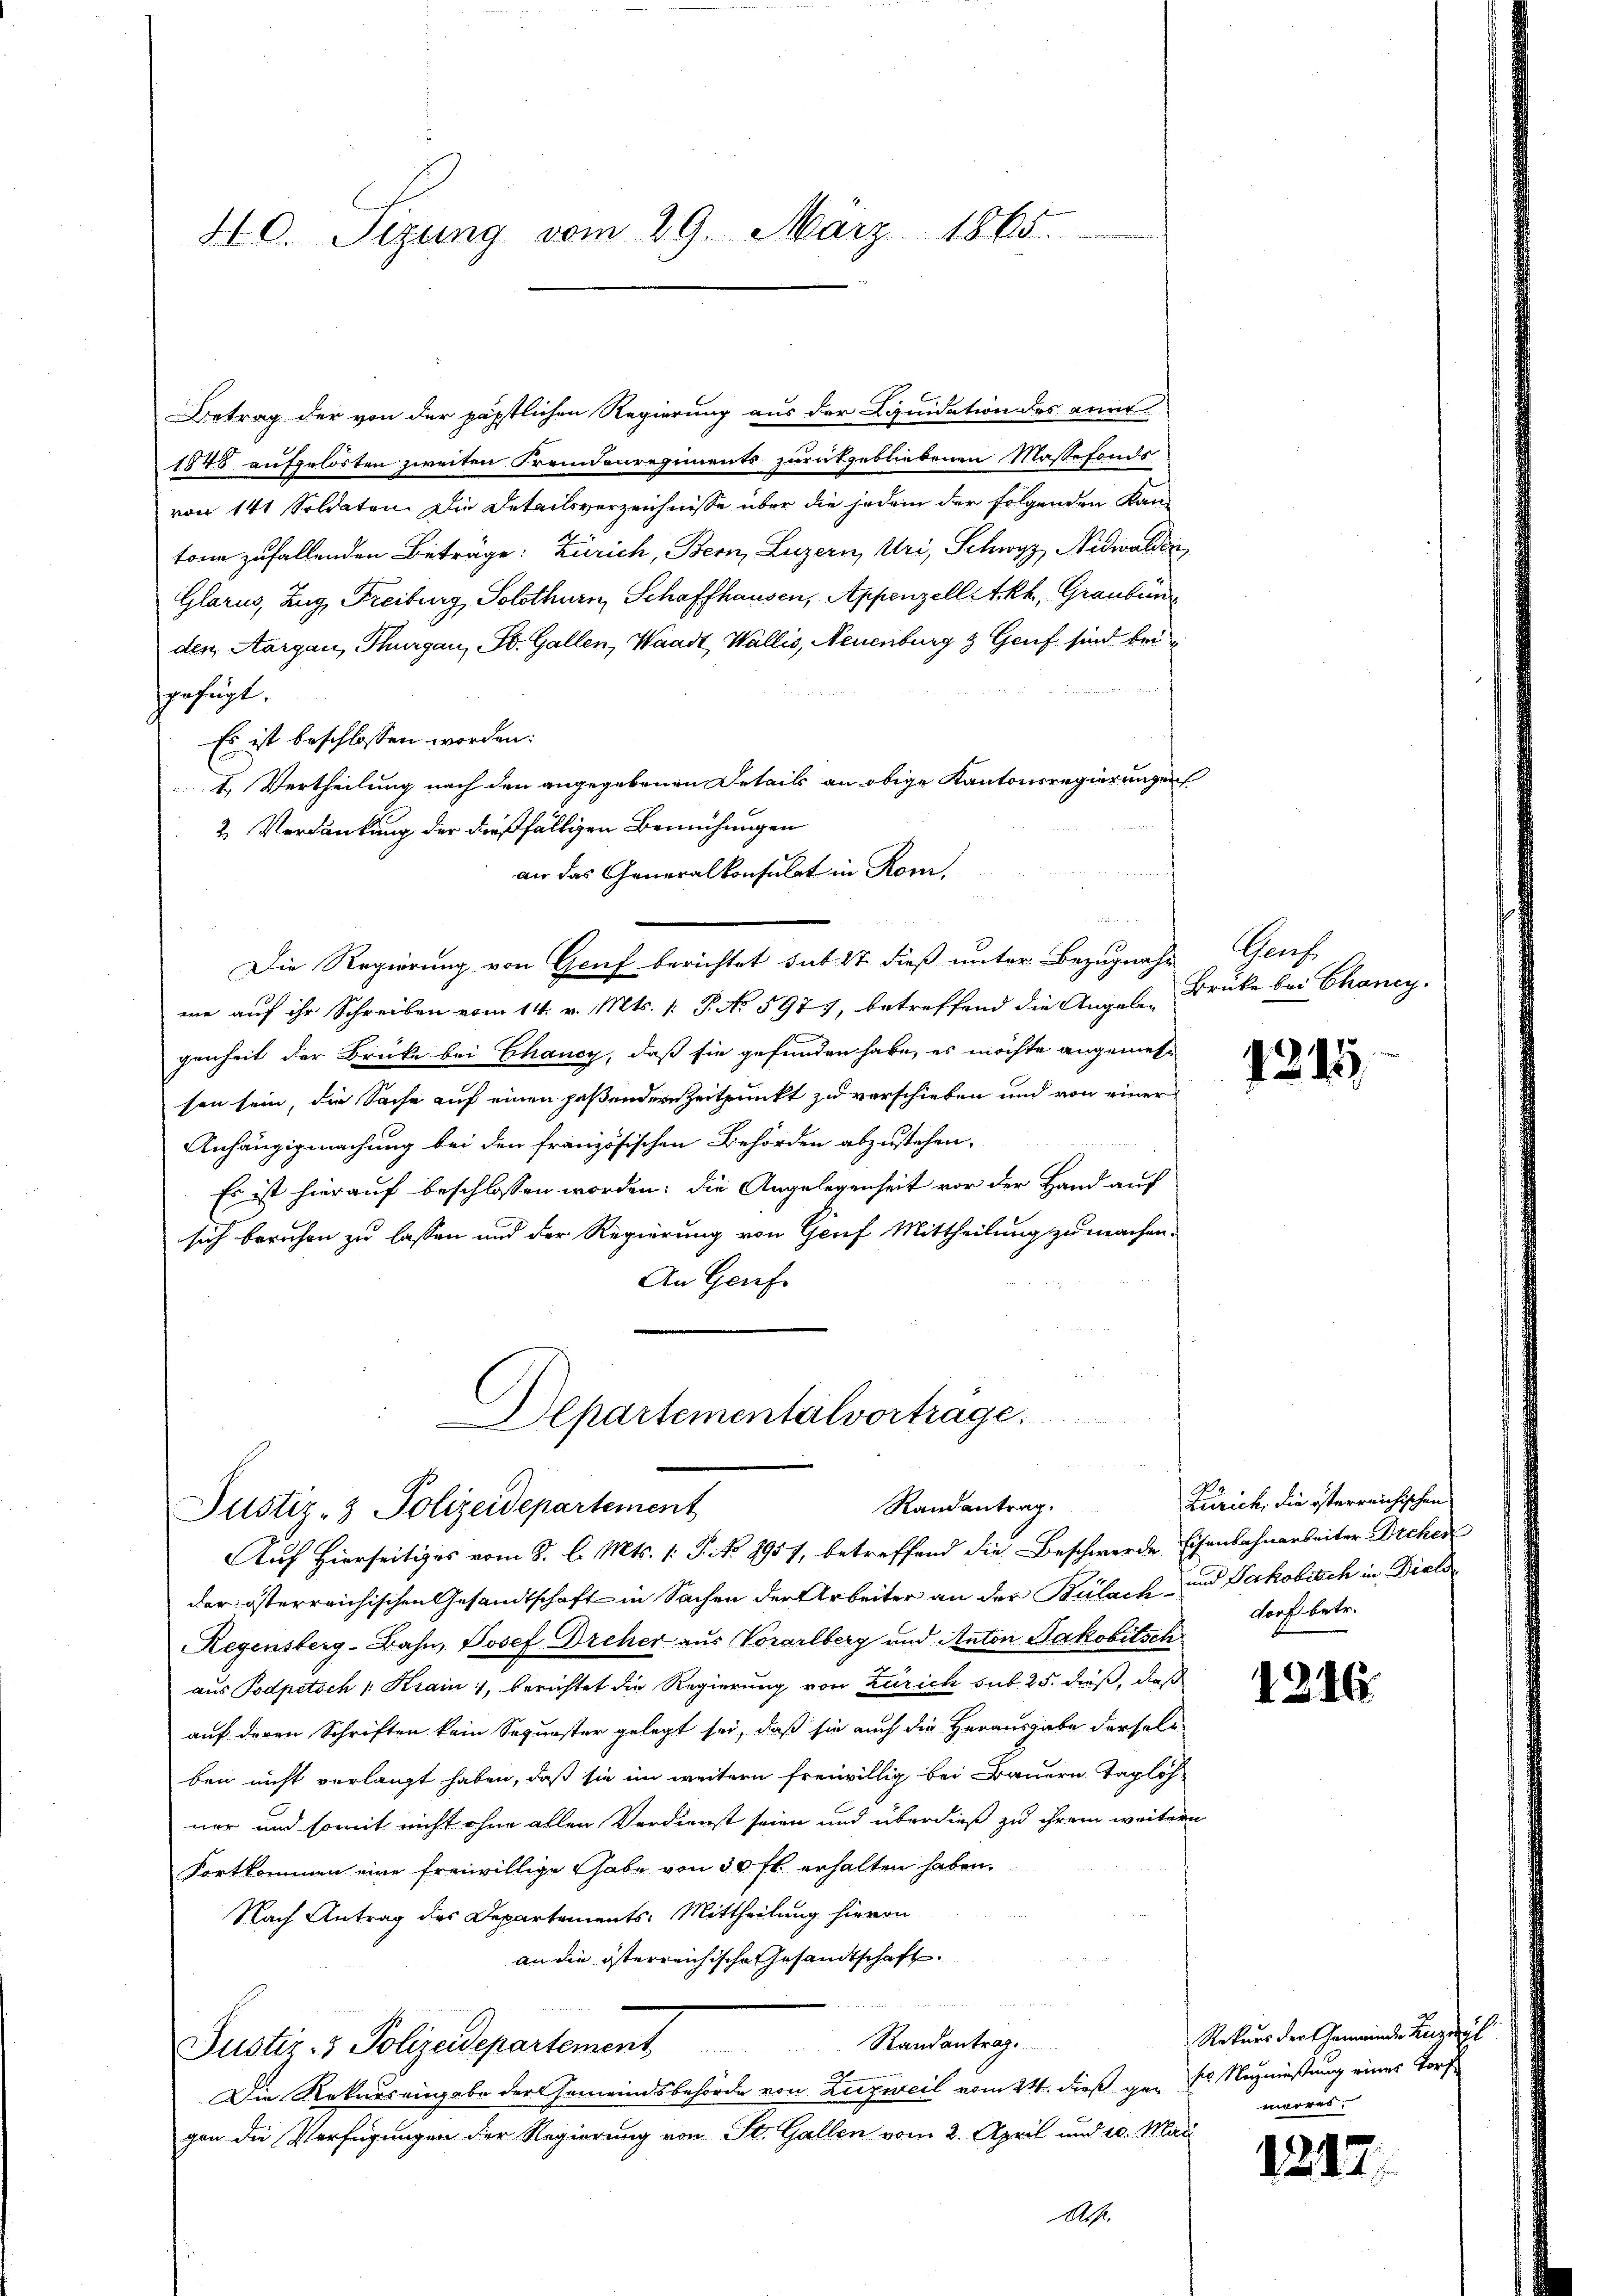
40. Sizung vom 29. März 1865.

Betrag der von der päpstlichen Regierung aus der Lquidation des anne
1848 aufgelösten zweiten Fremdenregiments zurükgebliebenen Massefonds
von 141 Soldaten. Die Detailsverzeichnisse über die jedem der folgenden Kantone zufallenden Beträge: Zürich, Bern, Luzern, Uri, Schwyz, Nidwalden
Glarus, Zug, Freiburg, Solothurn, Schaffhausen, Appenzell Akh, Graubün
den Aargau, Thurgau, St. Gallen, Waadt, Wallis, Neuenburg & Genf sind bei
herfügt.
Es ist beschlossen worden:
1. Vertheilung nach den angegebenen Details an obige Kantonsregierungen
2. Verdankung der dießfälligen Bemühungen
an das Generalkonsulat in Rom
¬
Die Regierung von Genf berichtet sub 27 dieß unter Bezugnahm
me auf ihr Schreiben vom 14. v. Mts. 1. J. No 5979, betreffend die Angele Brüke bei Chancy,
genheit der Brücke bei Chancy, daß sie gefunden habe, es möchte angemesson sein, die Sache auf einen paßendern Zeitpunkt zu verschieben und von einer
Anhängigmachung bei den französischen Behörden abzustehen.
Es ist hierauf beschlossen worden; die Angelegenheit vor der Hand auf
sich beruhen zu lassen und der Regierung von Genf Mittheilung zu machen.
An Genf.

lpartementalvortrage.
Randantrag.
Justiz- & Polizeidepartement
Auf Hierseitiges vom 8. l. Mts. 1. P. No 8957, betreffend die Beschwerde Eisenbahnarbeiter Orchen

der österreichischen Gesandtschaft in Sachen der Arbeiter an der Bülach und Jakobisch in Diels¬
Regensberg-Bahn, Josef Dreher aus Vorarlberg und Anton Jakobitsch
aus Podpetsch /: Krain, berichtet die Regierung von Zürich sub. 25. dieß, daß
auf deren Schriften kein Sequester gelegt sei, daß sie auch die Herausgabe derselb
ben nicht verlangt haben, daß sie im weitern freiwillig bei Bauern. Taglöhner und somit nicht ohne allen Verdienst seien und überdieß zu ihrem weitern
Fortkommen eine freiwillige Gabe von 30 fl. erhalten haben.
Nach Antrag des Departements: Mittheilung hievon
an die österreichische Gesandtschaft.
Randantrag.
Justiz- & Polizeidepartement
Die Rekurseingabe der Gemeindsbehörde von Zugweil vom 24. dieß ge- Nuzniessung eines Torfgen die Verfügungen der Regierung von St. Gallen vom 2. April und 20. Mai
A.

Grafe

1245.

Zürich, die österreichischen
dorf betr.

1216.

Rekurs der Gemeinde Lieze
meeres.

1282